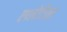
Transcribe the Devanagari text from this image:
एथ्लेटिक्स